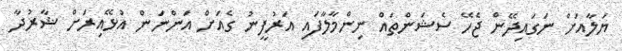
ޔަލާއަށް ނަގައިދޭން ޖެހޭ ސެޝަންތައް ނިންމާލާފައި އަރުފީނު ގެއަށް އަންނަން އުޅޭއިރަށް ޝާރުދާ